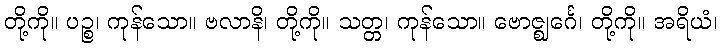
တို့ကို။ ပဉ္စ၊ ကုန်သော။ ဗလာနိ၊ တို့ကို။ သတ္တ၊ ကုန်သော။ ဗောဇ္ဈင်္ဂေ၊ တို့ကို။ အရိယံ၊